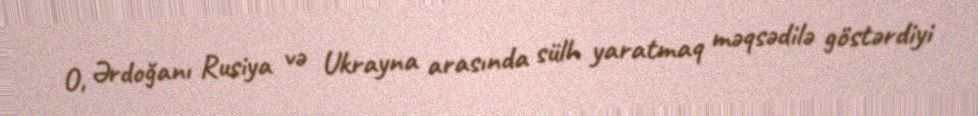
O, Ərdoğanı Rusiya və Ukrayna arasında sülh yaratmaq məqsədilə göstərdiyi